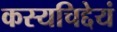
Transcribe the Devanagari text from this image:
कस्यचिद्देयं